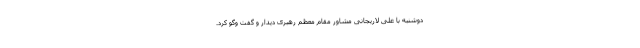
دوشنبه با علی لاریجانی مشاور مقام معظم رهبری دیدار و گفت وگو کرد.